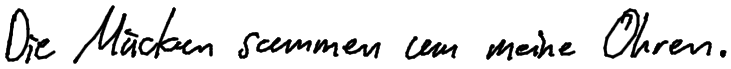
Die Mücken summen um meine Ohren.